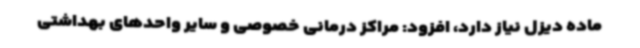
ماده دیزل نیاز دارد، افزود: مراکز درمانی خصوصی و سایر واحدهای بهداشتی